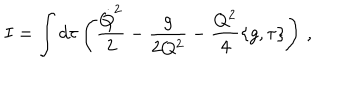
I = \int d \tau \left( \frac { \dot { Q } ^ { 2 } } { 2 } - \frac { g } { 2 Q ^ { 2 } } - \frac { Q ^ { 2 } } { 4 } \{ g , \tau \} \right) \, ,